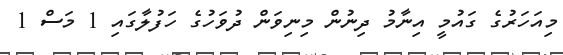
މިއަހަރުގެ ގައުމީ އިނާމު ދިނުން މިނިވަން ދުވަހުގެ ހަފުލާގައި 1 މަސް 1